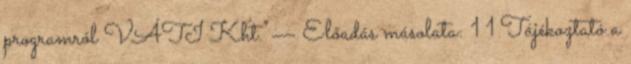
programról VÁTI Kht."— Előadás másolata: 1 1 Tájékoztató a